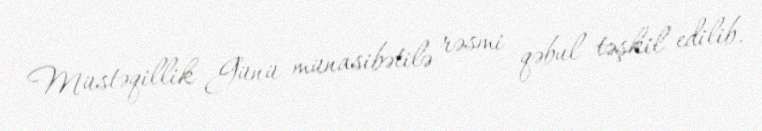
Müstəqillik Günü münasibətilə rəsmi qəbul təşkil edilib.